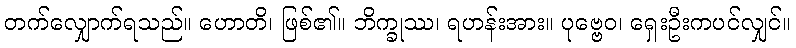
တက်လျှောက်ရသည်။ ဟောတိ၊ ဖြစ်၏။ ဘိက္ခုဿ၊ ရဟန်းအား။ ပုဗ္ဗေဝ၊ ရှေးဦးကပင်လျှင်။